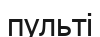
пульті